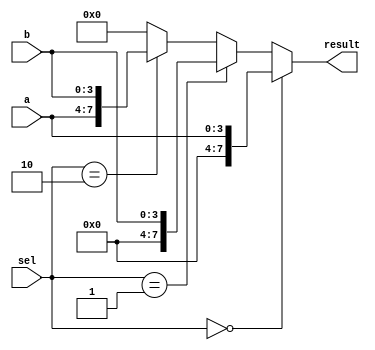
module vector_continuous_assignment (
    input wire [3:0] a,        // 4-bit input signal
    input wire [3:0] b,        // 4-bit input signal
    input wire [1:0] sel,      // 2-bit select signal
    output wire [7:0] result   // 8-bit output vector
);

// Continuous assignment for the 8-bit vector 'result'
assign result = (sel == 2'b00) ? {4'b0000, a} :   // Concatenate 4 zeros with 'a'
                (sel == 2'b01) ? {4'b0000, b} :   // Concatenate 4 zeros with 'b'
                (sel == 2'b10) ? {a, b} :         // Concatenate 'a' and 'b'
                8'b00000000;                        // Default case

endmodule